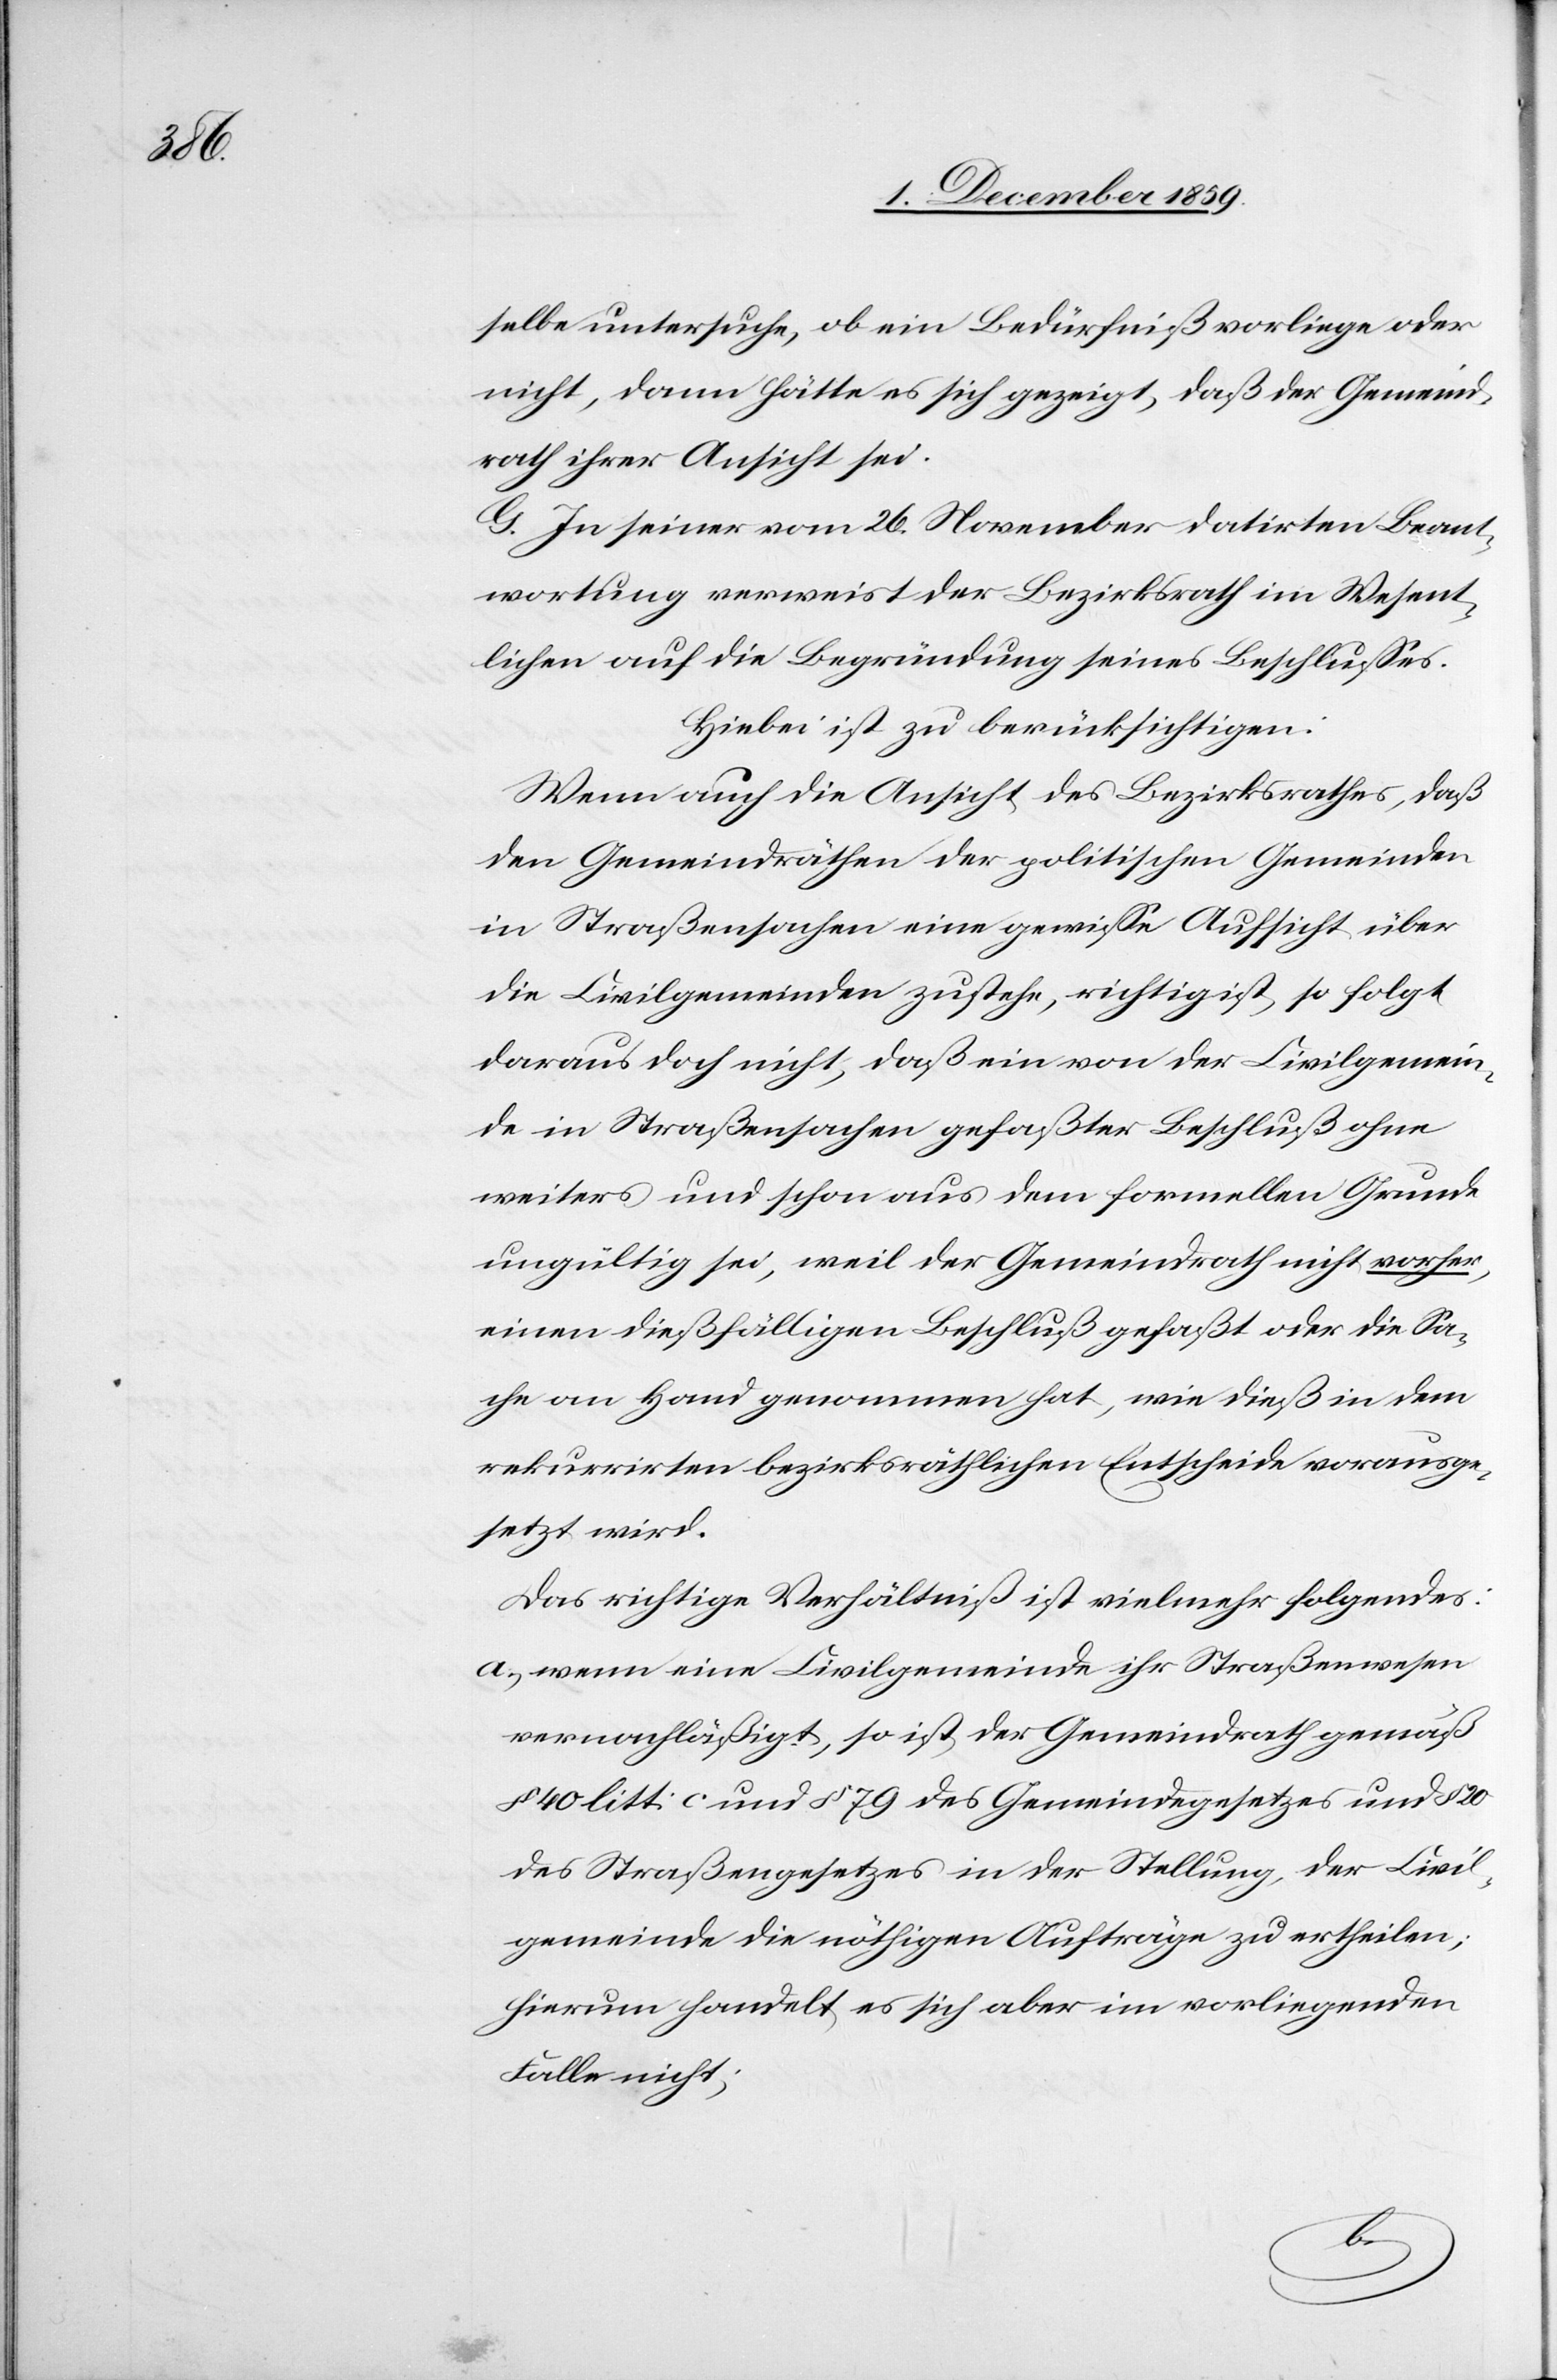
selbe untersuche, ob ein Bedürfniß vorliege oder
nicht, dann hätte es sich gezeigt, daß der Gemeind¬
rath ihrer Ansicht sei.
G. In seiner vom 26. November datirten Beant¬
wortung verweist der Bezirksrath im Wesent¬
lichen auf die Begründung seines Beschlusses.
Hiebei ist zu berücksichtigen:
Wenn auch die Ansicht des Bezirksrathes, daß
die Civilgemeinden zustehe, richtig ist, so folgt
daraus doch nicht, daß ein von der Civilgemein¬
de in Straßensachen gefaßter Beschluß ohne
weiteres und schon aus dem formellen Grunde
ungültig sei, weil der Gemeindrath nicht vorher,
einen dießfälligen Beschluß gefaßt oder die Sa¬
che an Hand genommen hat, wie dieß in dem
rekurrirten bezirksräthlichen Entscheide vorausge¬
setzt wird.
Das richtige Verhältniß ist vielmehr folgendes:
a) wenn eine Civilgemeinde ihr Straßenwesen
vernachläßigt, so ist der Gemeindrath gemäß
§ 40 litt: c und § 79 des Gemeindegesetzes und § 20
des Straßengesetzes in der Stellung, der Civil¬
gemeinde die nöthigen Aufträge zu ertheilen;
hierum handelt es sich aber im vorliegenden
Falle nicht;